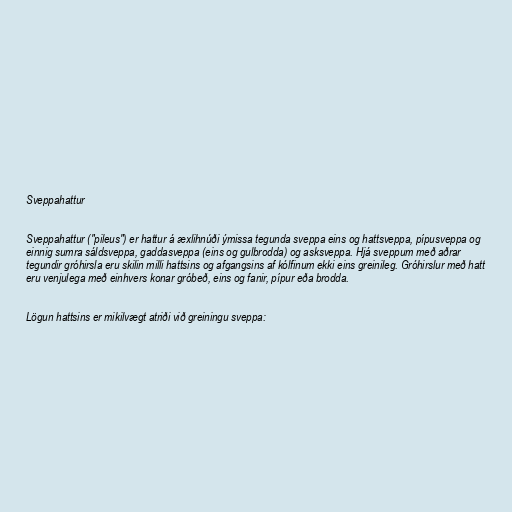
Sveppahattur

Sveppahattur ("pileus") er hattur á æxlihnúði ýmissa tegunda sveppa eins og hattsveppa, pípusveppa og
einnig sumra sáldsveppa, gaddasveppa (eins og gulbrodda) og asksveppa. Hjá sveppum með aðrar
tegundir gróhirsla eru skilin milli hattsins og afgangsins af kólfinum ekki eins greinileg. Gróhirslur með hatt
eru venjulega með einhvers konar gróbeð, eins og fanir, pípur eða brodda.

Lögun hattsins er mikilvægt atriði við greiningu sveppa: